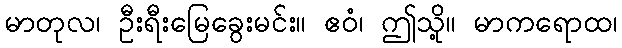
မာတုလ၊ ဦးရီးမြေခွေးမင်း။ ဧဝံ၊ ဤသို့။ မာကရောထ၊